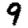
Digit: 9